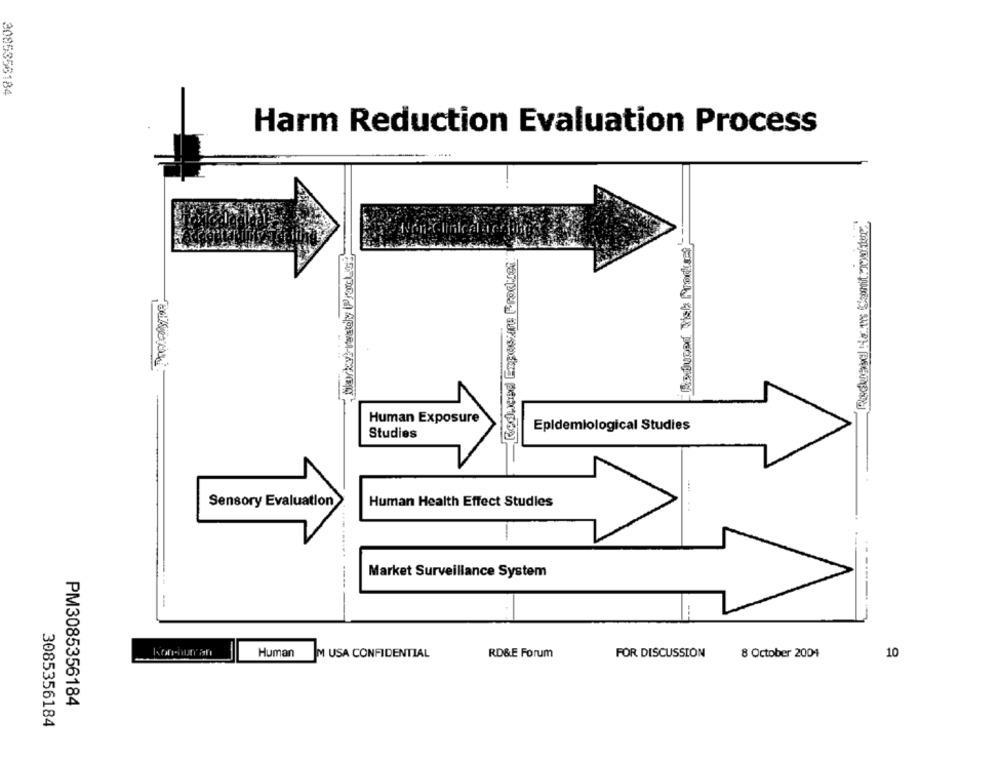
2085356184
Harm Reduction Evaluation Process
Raduresd Ha.the Commit: xwhiter
Human Exposure
Epidemiological Studies
Studies
Sensory Evaluation
Human Health Effect Studies
Market Surveillance System
----.
Human
IM USA CONFIDENTIAL
RD&E Forum
FOR DISCUSSION
8 October 2004
10
PM3085356184
3085356184